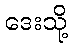
ဒေးသို့